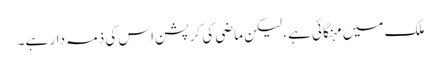
ملک میں مہنگائی ہے، لیکن ماضی کی کرپشن اس کی ذمہ دار ہے۔